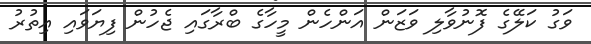
ވަގު ކަލޭގެ ފޮނުވާލި ވަޒަން އަންހެން މީހާގެ ބްރާގައި ޖެހުން ފިޔަވައި އިތުރު